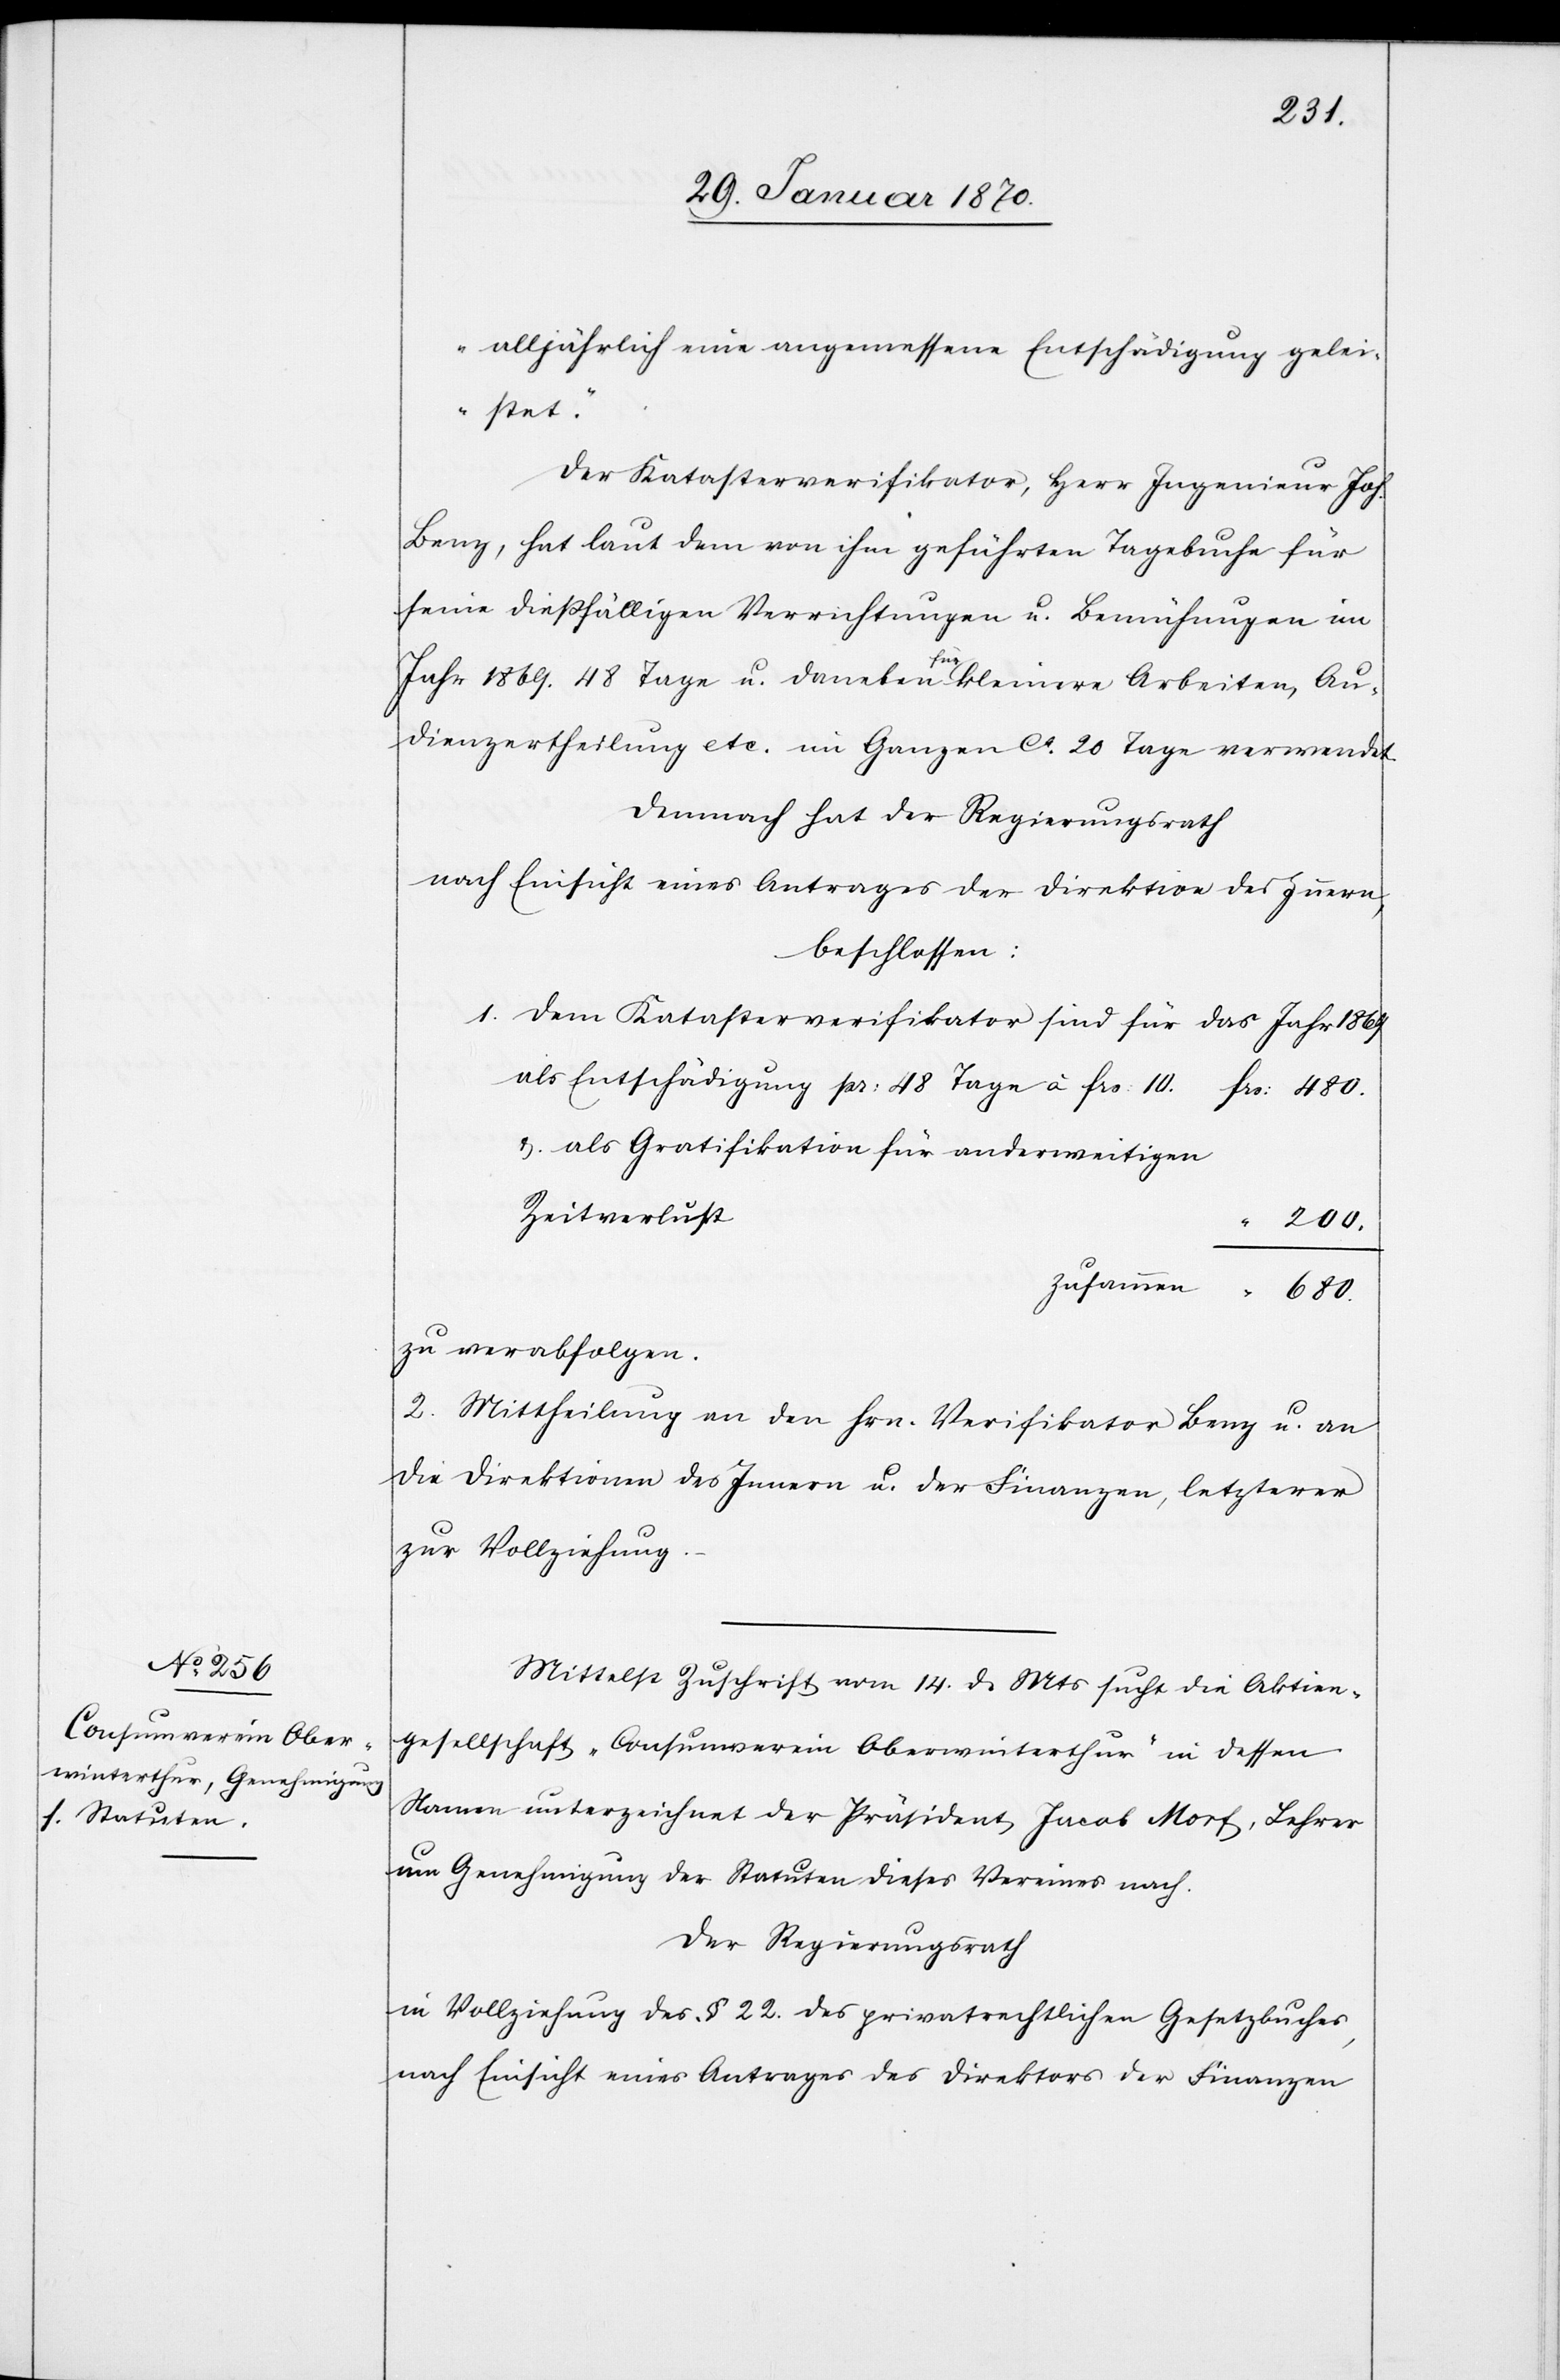
480.
alljährlich eine angemessene Entschädigung gelei¬
stet.“
Der Katasterverifikator, Herr Ingenieur Joh.
Benz, hat laut dem von ihm geführten Tagebuche für
seine dießfälligen Verrichtungen u. Bemühungen im
Jahr 1869. 48 Tage u. daneben für kleinere Arbeiten, Au¬
dienzertheilung etc. im Ganzen ca. 20 Tage verwendet.
Demnach hat der Regierungsrath
nach Einsicht eines Antrages der Direktion des Innern,
beschlossen:
1. Dem Katasterverifikator sind für das Jahr 1869
u. als Gratifikation für anderweitigen
Zeitverlust
zu verabfolgen.
2. Mittheilung an den Hrn. Verifikator Benz u. an
die Direktionen des Innern u. der Finanzen, letzterer
zur Vollziehung.
Mittelst Zuschrift vom 14. d. Mts. sucht die Aktien¬
gesellschaft „Consumverein Oberwinterthur“ in dessen
Namen unterzeichnet der Präsident Jacob Morf, Lehrer[,]
um Genehmigung der Statuten dieses Vereins nach.
Der Regierungsrath
in Vollziehung des § 22. des privatrechtlichen Gesetzbuches,
nach Einsicht eines Antrages des Direktors der Finanzen